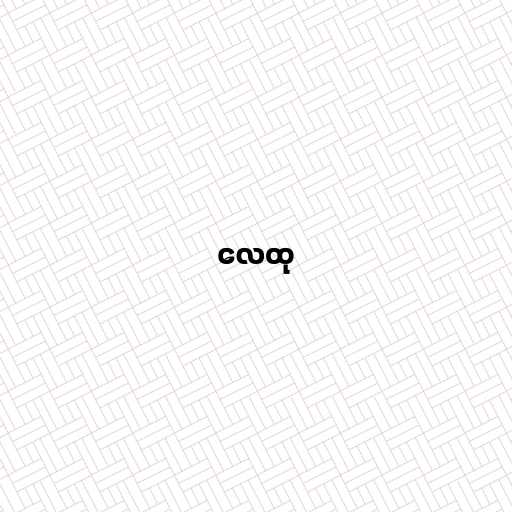
လေထု